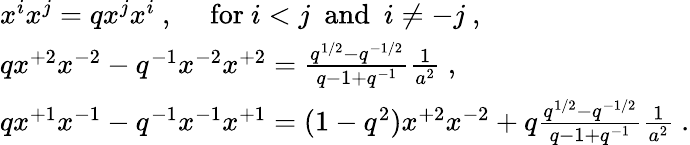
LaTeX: \begin{array}{l}{{x^{i}x^{j}=qx^{j}x^{i}~,~~~~~\mathrm{for}~i<j~~\mathrm{and}~~i\not=-j~,}}\\ {{qx^{+2}x^{-2}-q^{-1}x^{-2}x^{+2}=\frac{q^{1/2}-q^{-1/2}}{q-1+q^{-1}}\frac{1}{a^{2}}~,}}\\ {{qx^{+1}x^{-1}-q^{-1}x^{-1}x^{+1}=(1-q^{2})x^{+2}x^{-2}+q\frac{q^{1/2}-q^{-1/2}}{q-1+q^{-1}}\frac{1}{a^{2}}~.}}\end{array}